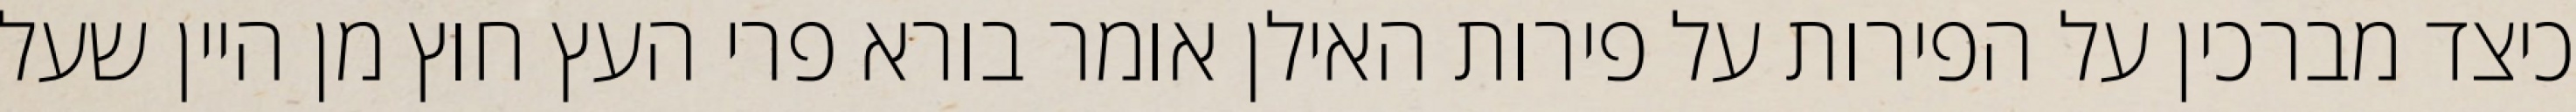
כיצד מברכין על הפירות על פירות האילן אומר בורא פרי העץ חוץ מן היין שעל